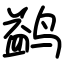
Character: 鹢